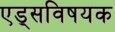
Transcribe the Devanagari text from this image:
एड्‌सविषयक